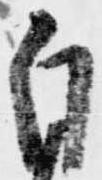
自